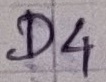
Text: D4